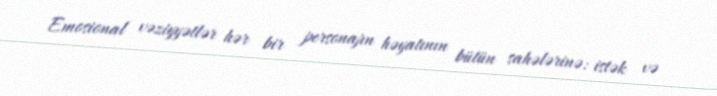
Emosional vəziyyətlər hər bir personajın həyatının bütün sahələrinə: istək və